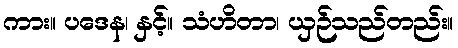
ကား။ ပဒေန၊ နှင့်။ သံဟိတာ၊ ယှဉ်သည်တည်း။